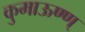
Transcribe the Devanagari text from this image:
कुमाऊण्ण्